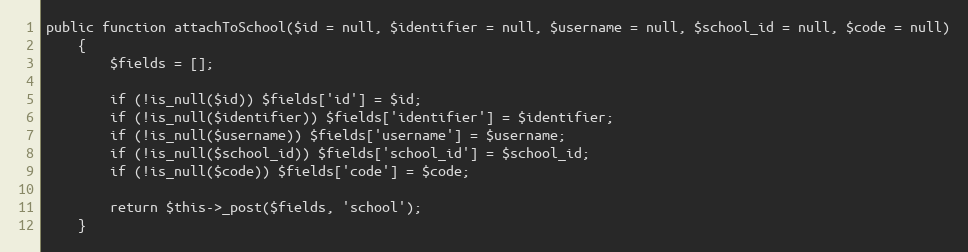
Language: PHP
public function attachToSchool($id = null, $identifier = null, $username = null, $school_id = null, $code = null)
    {
        $fields = [];

        if (!is_null($id)) $fields['id'] = $id;
        if (!is_null($identifier)) $fields['identifier'] = $identifier;
        if (!is_null($username)) $fields['username'] = $username;
        if (!is_null($school_id)) $fields['school_id'] = $school_id;
        if (!is_null($code)) $fields['code'] = $code;

        return $this->_post($fields, 'school');
    }